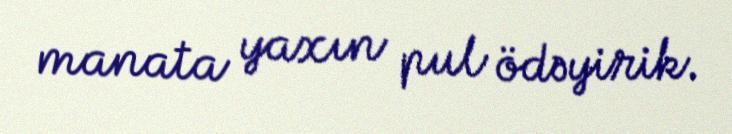
manata yaxın pul ödəyirik.